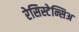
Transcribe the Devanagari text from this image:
रेसिस्टेन्सिअ